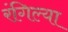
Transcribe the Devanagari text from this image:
रंगिल्या